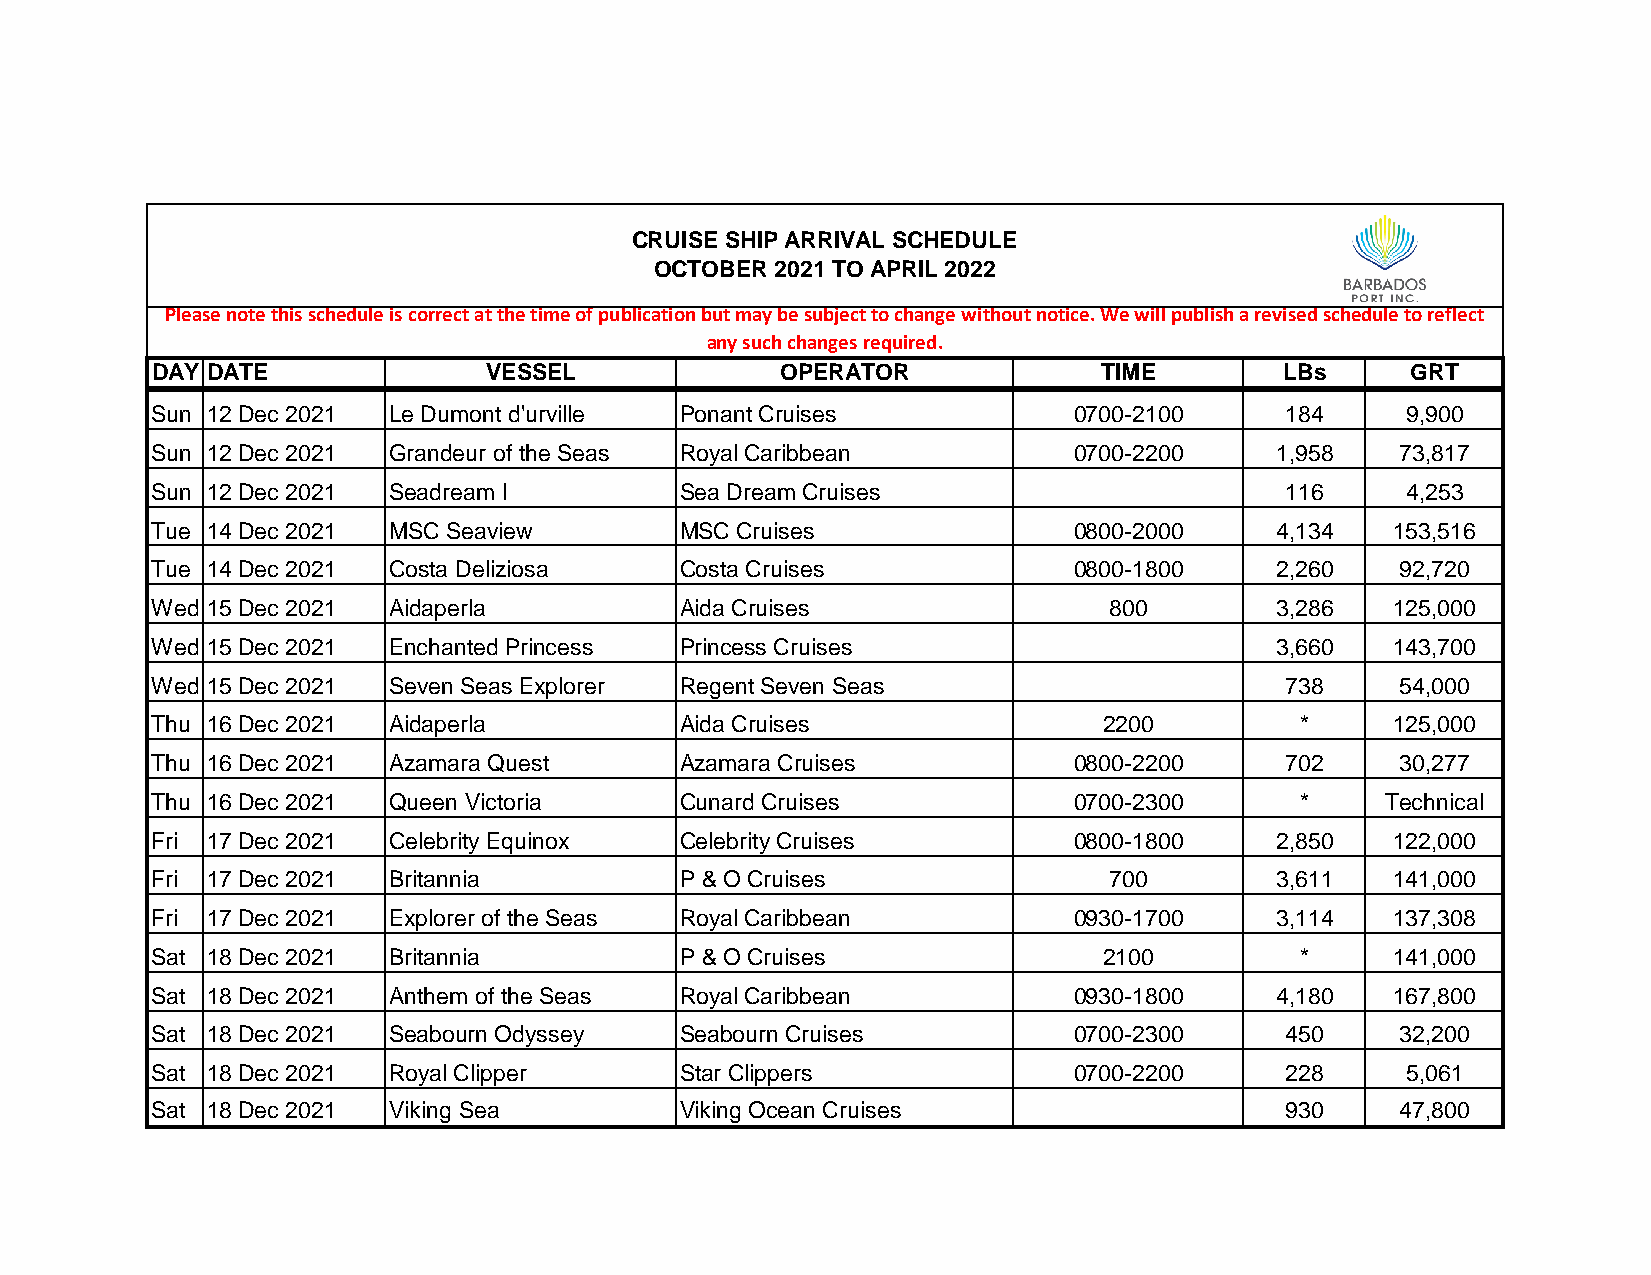
CRUISE SHIP ARRIVAL SCHEDULE
 OCTOBER 2021 TO APRIL 2022
 Please note this schedule is correct at the time of publication but may be subject to change without notice. We will publish a revised schedule to reflect
 any such changes required.
 DAY DATE              VESSEL              OPERATOR             TIME        LBs     GRT
 Sun 12 Dec 2021 Le Dumont d'urville Ponant Cruises           0700-2100     184     9,900
 Sun 12 Dec 2021 Grandeur of the Seas Royal Caribbean         0700-2200    1,958    73,817
 Sun 12 Dec 2021 Seadream I         Sea Dream Cruises                       116     4,253
 Tue 14 Dec 2021 MSC Seaview        MSC Cruises               0800-2000    4,134   153,516
 Tue 14 Dec 2021 Costa Deliziosa    Costa Cruises             0800-1800    2,260    92,720
 Wed 15 Dec 2021 Aidaperla          Aida Cruises                800        3,286   125,000
 Wed 15 Dec 2021 Enchanted Princess Princess Cruises                       3,660   143,700
 Wed 15 Dec 2021 Seven Seas Explorer Regent Seven Seas                      738     54,000
 Thu 16 Dec 2021 Aidaperla          Aida Cruises                2200         *     125,000
 Thu 16 Dec 2021 Azamara Quest      Azamara Cruises           0800-2200     702     30,277
 Thu 16 Dec 2021 Queen Victoria     Cunard Cruises            0700-2300      *     Technical
 Fri 17 Dec 2021 Celebrity Equinox  Celebrity Cruises         0800-1800    2,850   122,000
 Fri 17 Dec 2021 Britannia          P & O Cruises               700        3,611   141,000
 Fri 17 Dec 2021 Explorer of the Seas Royal Caribbean         0930-1700    3,114   137,308
 Sat 18 Dec 2021 Britannia          P & O Cruises               2100         *     141,000
 Sat 18 Dec 2021 Anthem of the Seas Royal Caribbean           0930-1800    4,180   167,800
 Sat 18 Dec 2021 Seabourn Odyssey   Seabourn Cruises          0700-2300     450     32,200
 Sat 18 Dec 2021 Royal Clipper      Star Clippers             0700-2200     228     5,061
 Sat 18 Dec 2021 Viking Sea         Viking Ocean Cruises                    930     47,800